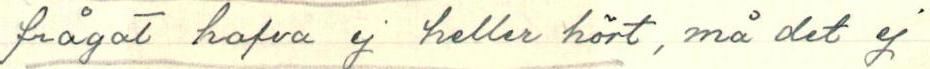
frågat hafva ej heller hört, må det ej